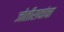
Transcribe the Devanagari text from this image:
जोतीरावांचा